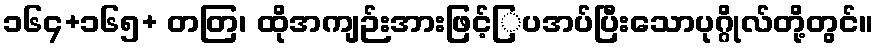
၁၆၄+၁၆၅+ တတြ၊ ထိုအကျဉ်းအားဖြင့်ြ့ပအပ်ပြီးသောပုဂ္ဂိုလ်တို့တွင်။